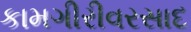
કામગીરીવરસાદ